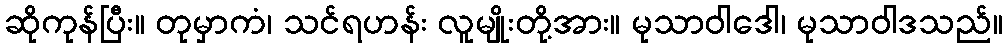
ဆိုကုန်ပြီး။ တုမှာကံ၊ သင်ရဟန်း လူမျိုးတို့အား။ မုသာဝါဒေါ၊ မုသာဝါဒသည်။